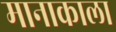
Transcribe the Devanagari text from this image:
मानाकाला